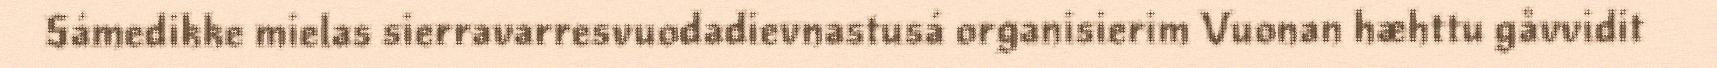
Sámedikke mielas sierravarresvuodadievnastusá organisierim Vuonan hæhttu gåvvidit